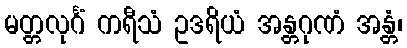
မတ္တလုင်္ဂံ ကရီသံ ဥဒရိယံ အန္တဂုဏံ အန္တံ၊